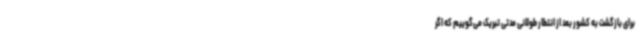
برای بازگشت به کشور بعد از انتطار طولانی مدتی تبریک می‌گوییم که اگر